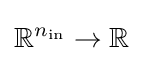
\mathbb {R} ^{n_{\mathrm {in} }}\to \mathbb {R}